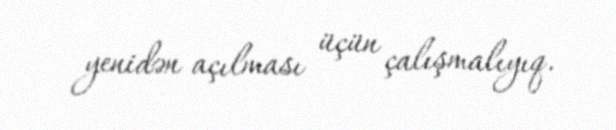
yenidən açılması üçün çalışmalıyıq.